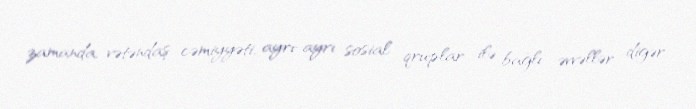
zamanda, vətəndaş cəmiyyəti, ayrı-ayrı sosial qruplar ilə bağlı əvvəllər digər